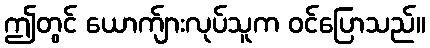
ဤတွင် ယောက်ျားလုပ်သူက ဝင်ပြောသည်။